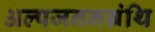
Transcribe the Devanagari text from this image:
अल्पजननग्रंथि